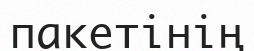
пакетінің